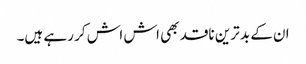
ان کے بد ترین ناقد بھی اش اش کر رہے ہیں۔